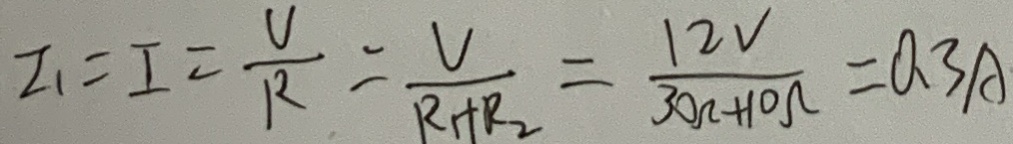
I _ { 1 } = I = \frac { U } { R } = \frac { V } { R + R _ { 2 } } = \frac { 1 2 V } { 3 0 k + 1 0 \Omega } = 0 . 3 A